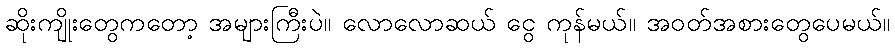
ဆိုးကျိုးတွေကတော့ အများကြီးပဲ။ လောလောဆယ် ငွေ ကုန်မယ်။ အဝတ်အစားတွေပေမယ်။